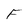
Character: F